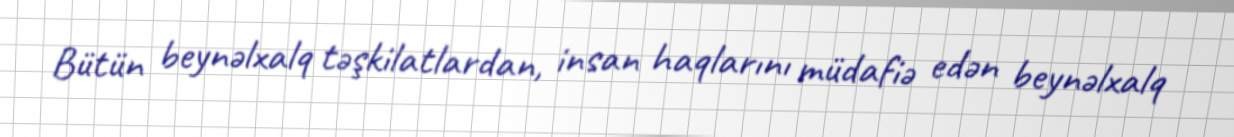
Bütün beynəlxalq təşkilatlardan, insan haqlarını müdafiə edən beynəlxalq